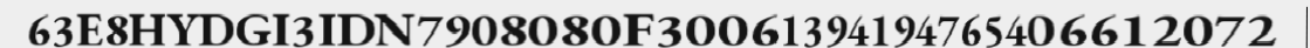
63E8HYDGI3IDN7908080F30061394194765406612072